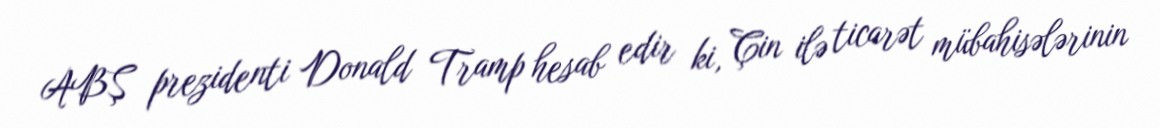
ABŞ prezidenti Donald Tramp hesab edir ki, Çin ilə ticarət mübahisələrinin